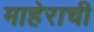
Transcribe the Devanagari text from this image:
माहेराची